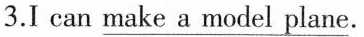
3. I can \underline{make a model plane}.